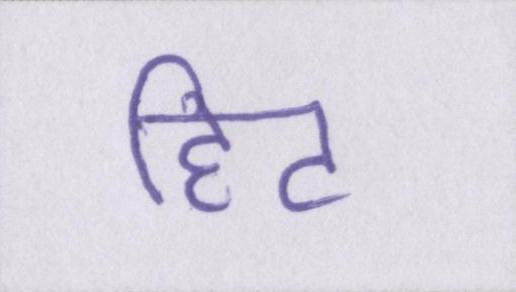
हिट